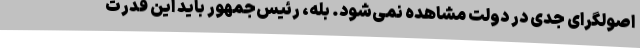
اصولگرای جدی در دولت مشاهده نمی‌شود. بله، رئیس‌جمهور باید این قدرت